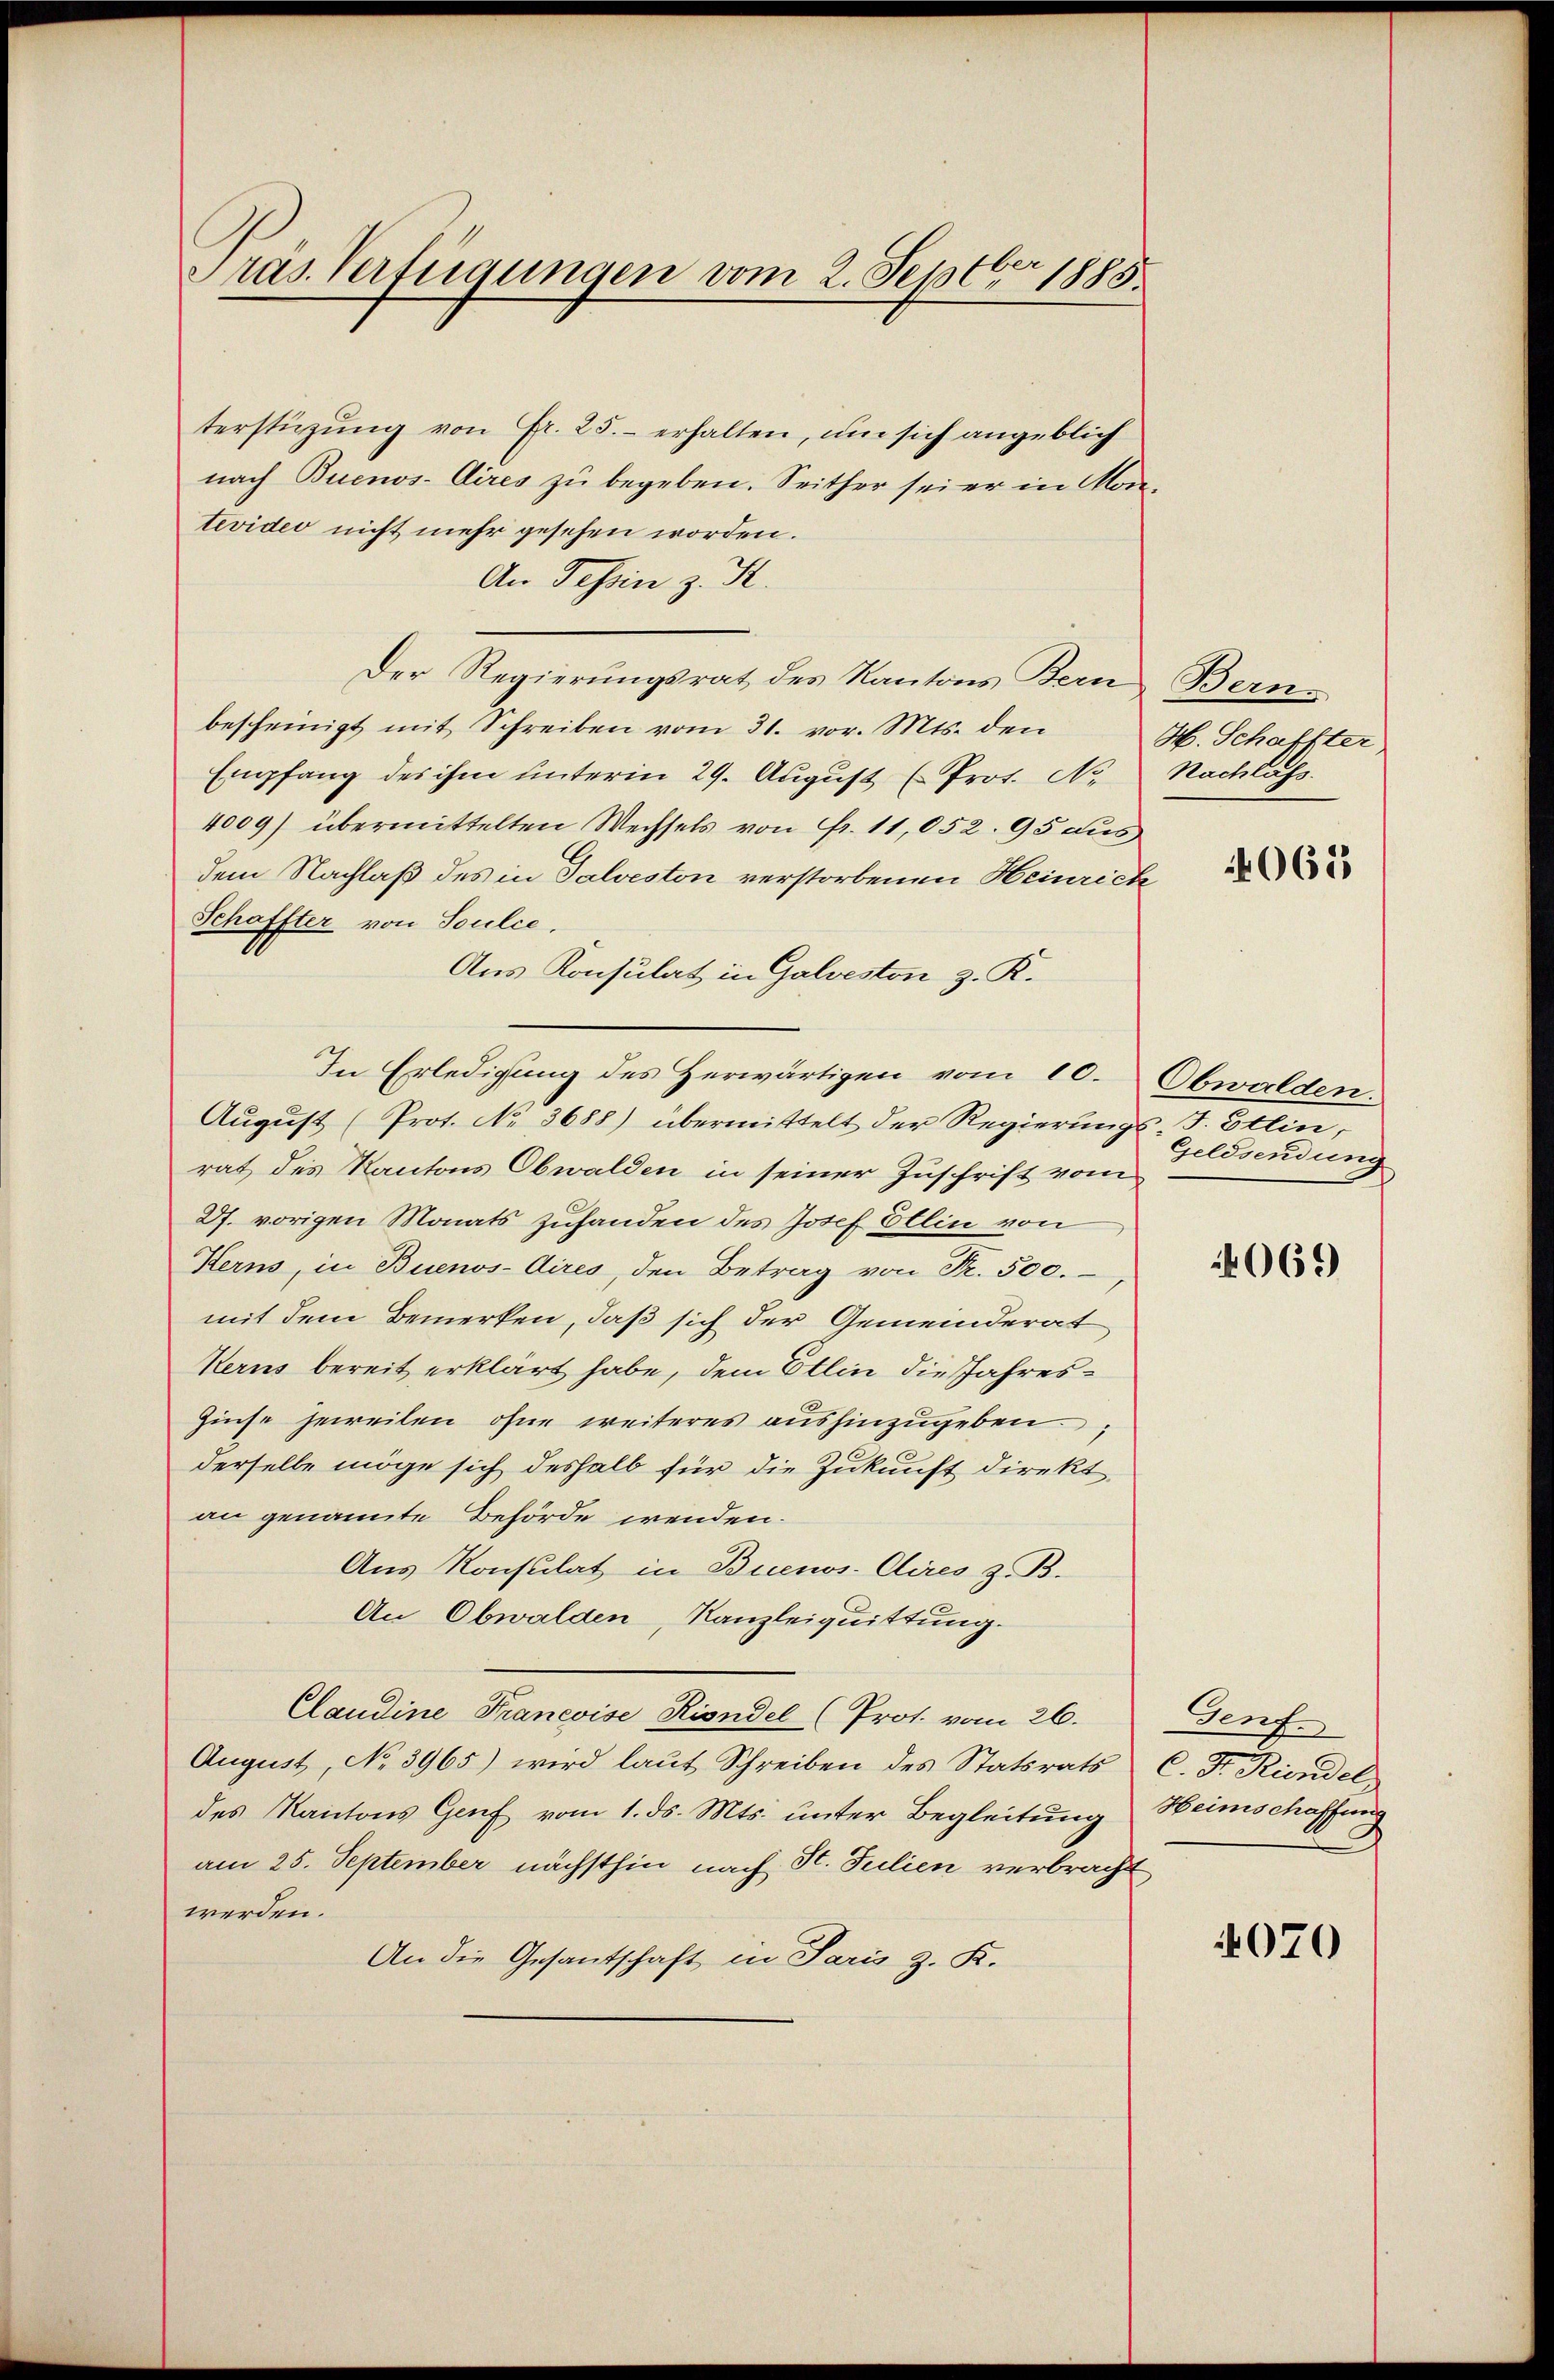
Präs. Verfügungen vom 2. Septbr 1885.

terstüzung von Fr. 25. erhalten, um sich angeblich
nach Buenos-Aires zu begeben. Seither sei er in Montevideo nicht mehr gesehen worden.
An Tessin z. St.
Der Regierungsrat des Kantons Bern
bescheinigt mit Schreiben vom 31. vor. Mts. den
Empfang des ihm unterm 29. Aŭgŭst (Prot. Nr. Nachläss
4009) übermittelten Wechsels von Fr. 11,052. 95 aus
dem Nachlaß des in Salveston verstorbenen Heinrich
Schaffter von Soulce,
Aus Konsulat in Galveston z. K.
In Erledigung des Herwärtigen vom 10. Obwalden.
Aŭgŭst (Prot. No. 3688) übermittelt der Regierŭngs-F. Etlin,
rat des Kantons Obwalden in seiner Zuschrift vom
Df. vorigen Monats zuhanden des Josef Ellin von
Herns, in Buenos-Aires, den Betrag von Fr. 500.
mit dem Bemerken, daß sich der Gemeinderat
Kerns bereit erklärt habe, dem Etlin die Jahres¬
Zinse jeweilen ohne weiteres aushinzugeben;
derselbe möge sich deshalb für die Zukunft direkt
an genannte Behörde wenden.
Aus Konsulat in Buenos-Aires z. B.
An Obwalden, Kanzleiquittung.
Claudine Pranevise Kindel (Prot. vom 26.
August, No 3965) wird laut Schreiben des Statsrats C. Fr. Kündel
des Kantons Genf vom 1. ds. Mts. unter Begleitung Heimschaffung
am 25. September nächsthin nach St. Julien verbracht
werden.
An die Gesantschaft in Paris z. R.

Bern.
H. Schaffter

4065

Geldsendung

4069

Genf

4070